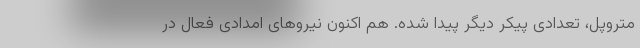
متروپل، تعدادی پیکر دیگر پیدا شده. هم اکنون نیروهای امدادی فعال در